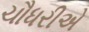
ચૌધરીએ